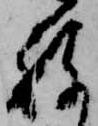
ね